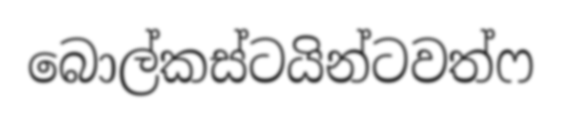
බොල්කස්ටයින්ටවත්ෆ